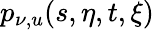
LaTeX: p_{\nu,u}(s,\eta,t,\xi)